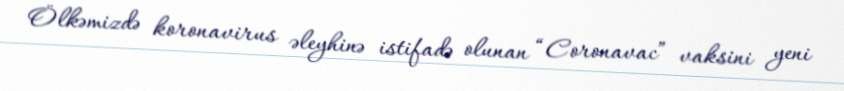
Ölkəmizdə koronavirus əleyhinə istifadə olunan “Coronavac” vaksini yeni